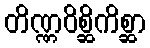
တိဏ္ဏဝိစ္ဆိကိစ္ဆာ